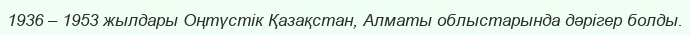
1936 – 1953 жылдары Оңтүстік Қазақстан, Алматы облыстарында дәрігер болды.